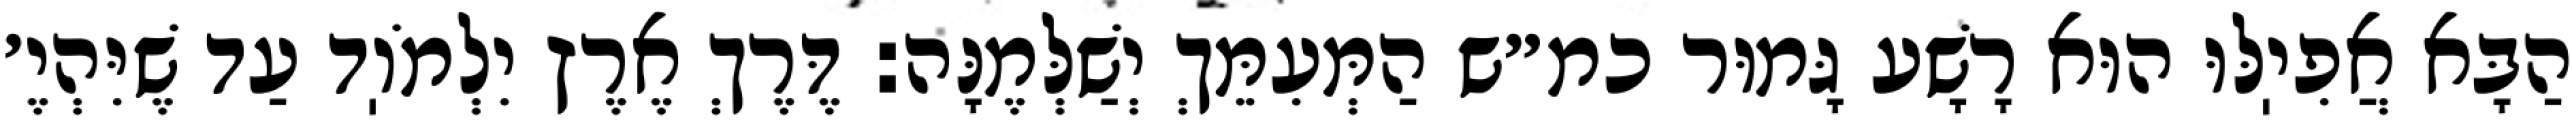
הַבָּא אֲפִיֽלּוּ הוּא רָשָׁע גָּמוּר כמ״ש הַמְּעִמֵּךְ יְשַׁלְּמֶנָּה: דֶּרֶךְ אֶרֶץ יִלְמֹוֽד עַד שֶׁיִּהְיֶ׳